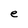
Character: e